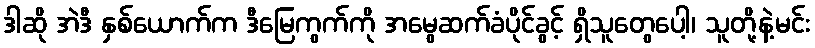
ဒါဆို အဲဒီ နှစ်ယောက်က ဒီမြေကွက်ကို အမွေဆက်ခံပိုင်ခွင့် ရှိသူတွေပေါ့၊ သူတို့နဲ့မင်း